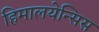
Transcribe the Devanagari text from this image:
हिमालयेन्सिस